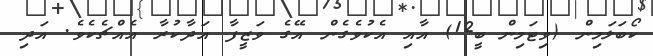
ކޯބަލަމިން (ވިޓަމިން ބީ12) އާއި އެކުވެގެން އޭގެ ވަޒީފާ އަދާކުރާ އެއްޗެކެވެ. އަދި